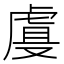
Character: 𰲡